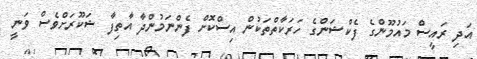
އަދި ރައީސް މައުމޫންގެ ފެކްޝަންގެ ހަރަކާތްތަކުން އިސްކޮށް ފެންނަމުންދާ އާތިފާ ޝަކޫރަށްވެސް ވަނީ